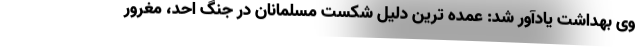
وی بهداشت یادآور شد: عمده ترین دلیل شکست مسلمانان در جنگ احد، مغرور